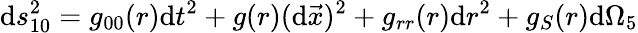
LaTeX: \mathrm{d}s_{10}^{2}=g_{00}(r)\mathrm{d}t^{2}+g(r)(\mathrm{d}\vec{{x}})^{2}+g_{rr}(r)\mathrm{d}r^{2}+g_{S}(r)\mathrm{d}\Omega_{5}